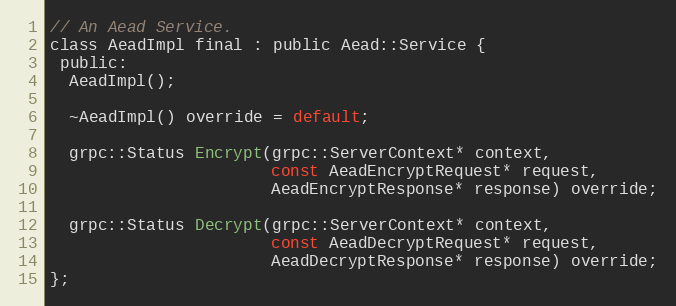
Language: C
// An Aead Service.
class AeadImpl final : public Aead::Service {
 public:
  AeadImpl();

  ~AeadImpl() override = default;

  grpc::Status Encrypt(grpc::ServerContext* context,
                       const AeadEncryptRequest* request,
                       AeadEncryptResponse* response) override;

  grpc::Status Decrypt(grpc::ServerContext* context,
                       const AeadDecryptRequest* request,
                       AeadDecryptResponse* response) override;
};